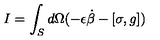
I = \int _ { S } d \Omega ( - \epsilon \dot { \beta } - [ \sigma , g ] )